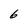
Character: 6